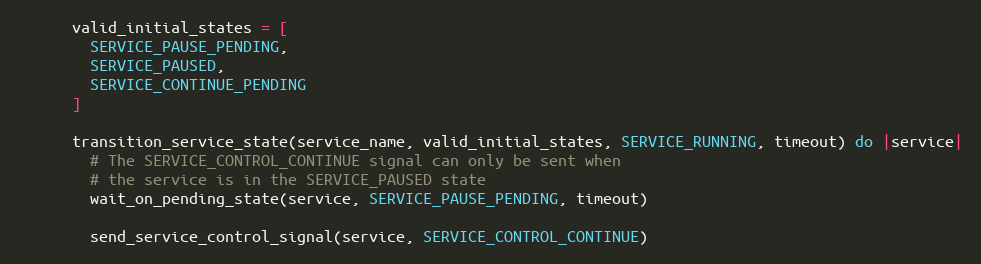
Language: Ruby
      valid_initial_states = [
        SERVICE_PAUSE_PENDING,
        SERVICE_PAUSED,
        SERVICE_CONTINUE_PENDING
      ]

      transition_service_state(service_name, valid_initial_states, SERVICE_RUNNING, timeout) do |service|
        # The SERVICE_CONTROL_CONTINUE signal can only be sent when
        # the service is in the SERVICE_PAUSED state
        wait_on_pending_state(service, SERVICE_PAUSE_PENDING, timeout)

        send_service_control_signal(service, SERVICE_CONTROL_CONTINUE)